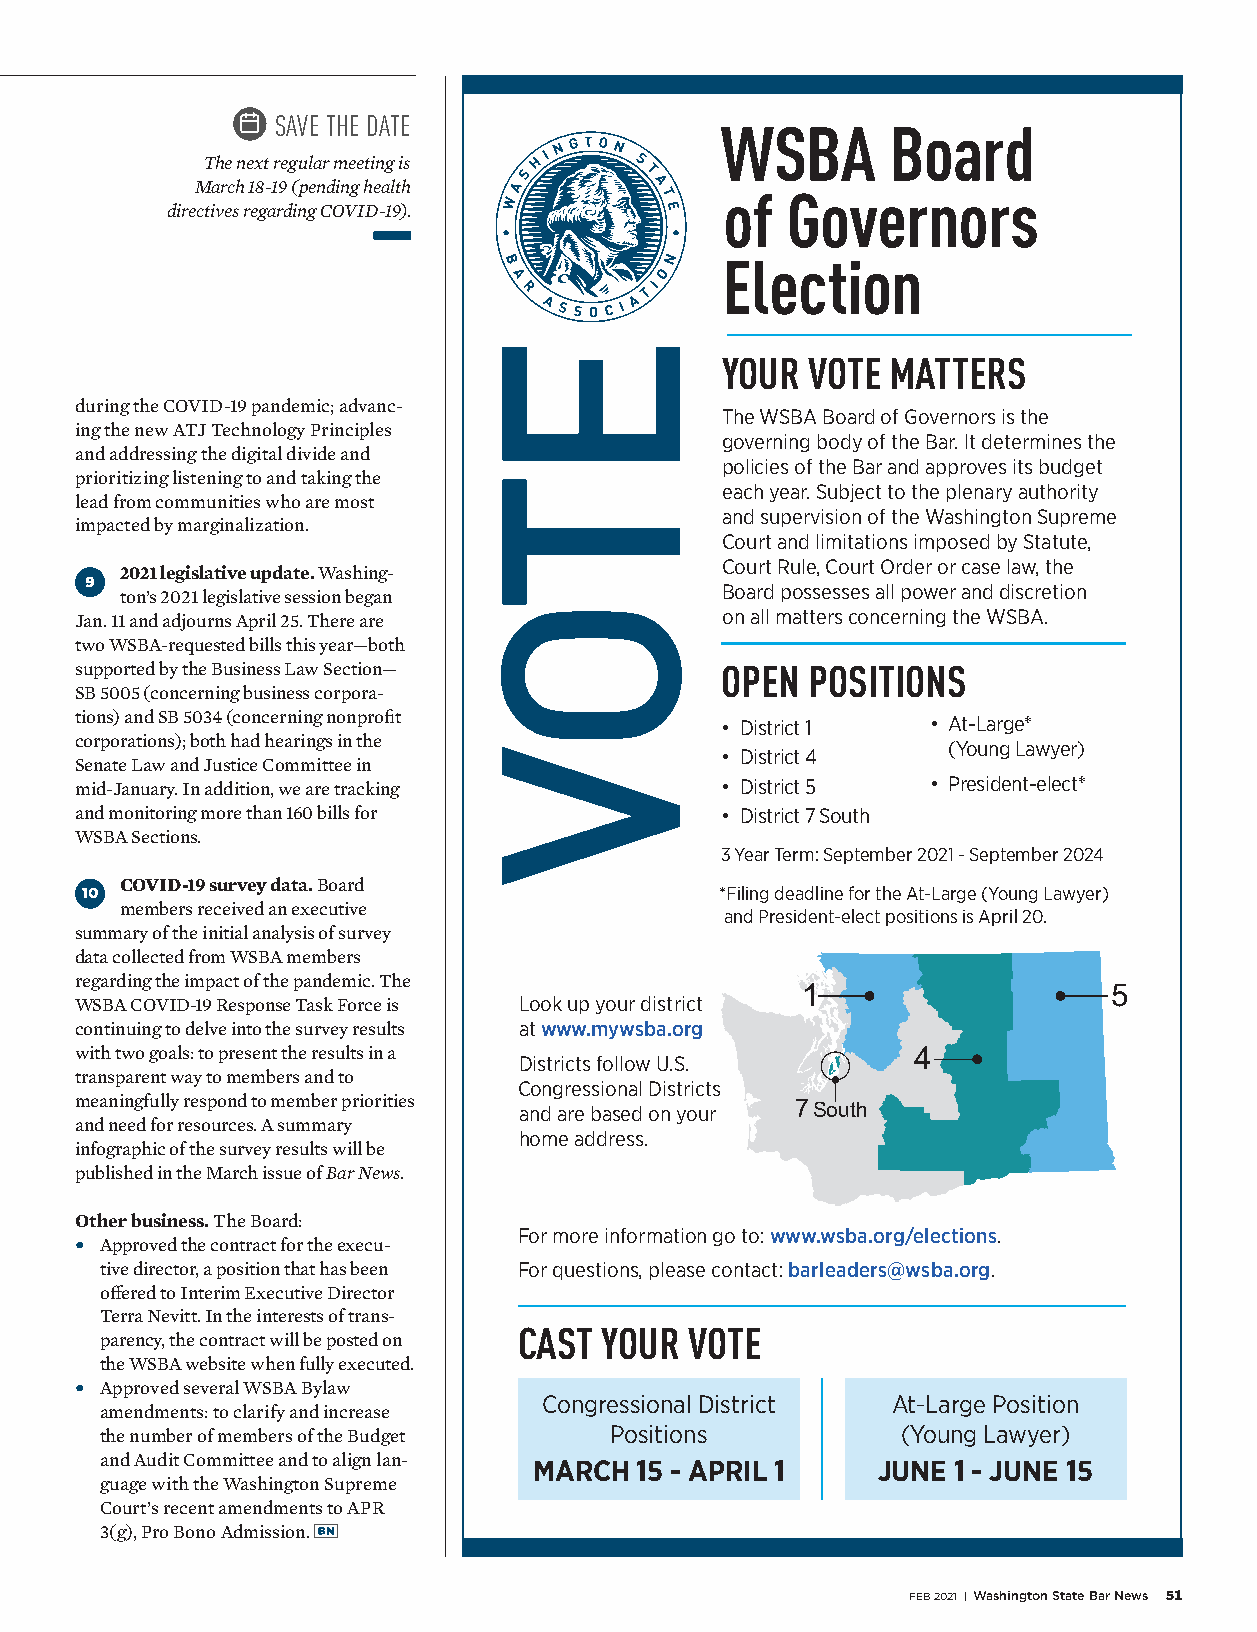
SAVE THE DATE
 WSBA       Board
 The next regular meeting is
 March 18-19 (pending health
 of  Governors
 directives regarding COVID-19).
 Election
 YOUR VOTE  MATTERS
 during the COVID-19 pandemic; advanc-
 The WSBA Board of Governors is the
 ing the new ATJ Technology Principles
 governing body of the Bar. It determines the
 and addressing the digital divide and
 policies of the Bar and approves its budget
 prioritizing listening to and taking the
 each year. Subject to the plenary authority
 lead from communities who are most
 and supervision of the Washington Supreme
 impacted by marginalization.
 Court and limitations imposed by Statute,
 Court Rule, Court Order or case law, the
 2021 legislative update. Washing-
 9                                         Board possesses all power and discretion
 ton’s 2021 legislative session began
 on all matters concerning the WSBA.
 Jan. 11 and adjourns April 25. There are
 two WSBA-requested bills this year—both
 supported by the Business Law Section—     OPEN POSITIONS
 SB 5005 (concerning business corpora-
 tions) and SB 5034 (concerning nonprofit   • District 1  • At-Large*
 corporations); both had hearings in the                   (Young Lawyer)
 • District 4
 Senate Law and Justice Committee in
 mid-January. In addition, we are tracking  • District 5  • President-elect*
 and monitoring more than 160 bills for     • District 7 South
 WSBA Sections.
 3 Year Term: September 2021 - September 2024
 COVID-19 survey data. Board
 10                                         *Filing deadline for the At-Large (Young Lawyer)
 members received an executive
 and President-elect positions is April 20.
 summary of the initial analysis of survey
 data collected from WSBA members
 regarding the impact of the pandemic. The
 1                    5
 WSBA COVID-19 Response Task Force is Look up your district
 continuing to delve into the survey results at www.mywsba.org
 with two goals: to present the results in a            4
 Districts follow U.S.
 transparent way to members and to
 Congressional Districts
 meaningfully respond to member priorities and are based on your 7 South
 and need for resources. A summary
 home address.
 infographic of the survey results will be
 published in the March issue of Bar News.
 Other business. The Board:
 For more information go to: www.wsba.org/elections.
 • Approved the contract for the execu-
 tive director, a position that has been For questions, please contact: barleaders@wsba.org.
 offered to Interim Executive Director
 Terra Nevitt. In the interests of trans-
 CAST  YOUR  VOTE
 parency, the contract will be posted on
 the WSBA website when fully executed.
 • Approved several WSBA Bylaw
 Congressional District At-Large Position
 amendments: to clarify and increase
 the number of members of the Budget Positions        (Young Lawyer)
 and Audit Committee and to align lan-
 MARCH  15 - APRIL 1    JUNE 1 - JUNE 15
 guage with the Washington Supreme
 Court’s recent amendments to APR
 3(g), Pro Bono Admission.
 FEB 2021 | Washington State Bar News 51
 ETOV